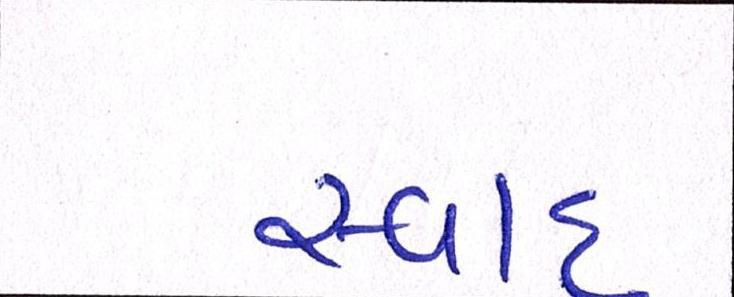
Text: સ્વાદ